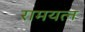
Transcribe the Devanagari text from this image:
रामयत्न